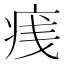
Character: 𪽭